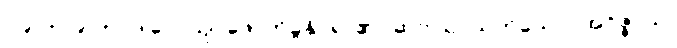
ဝ၉၀+ဝ၉၁+ ပဒါလေယျ၊ ဖောက်ခွနိုင်ရာ၏။ ဆဝါယ၊ ယုတ်သော။ အဝိဇ္ဇာယ၊